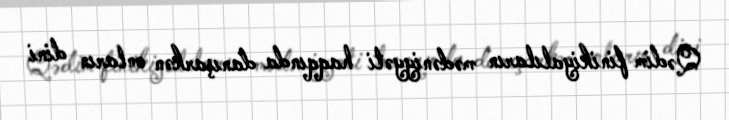
Qədim finikiyalıların mədəniyyəti haqqında danışarkən onların dini